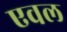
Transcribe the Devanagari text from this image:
एवल